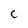
Character: C